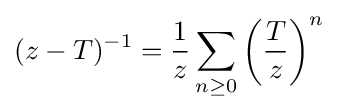
(z-T)^{-1}={\frac {1}{z}}\sum _{n\geq 0}\left({\frac {T}{z}}\right)^{n}